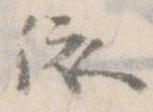
依